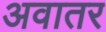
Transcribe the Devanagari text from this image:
अवातर